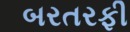
બરતરફી